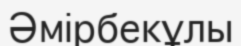
Әмірбекұлы